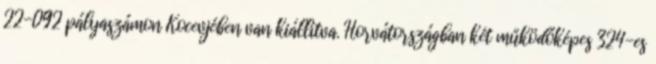
22-092 pályaszámon Kocevjében van kiállítva. Horvátországban két működőképes 324-es